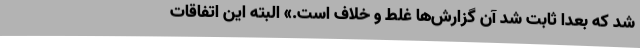
شد که بعداً ثابت شد آن گزارش‌ها غلط و خلاف است.» البته این اتفاقات